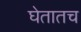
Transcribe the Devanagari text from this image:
घेतातच